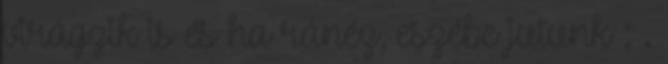
virágzik is és ha ránéz, eszébe jutunk : .